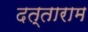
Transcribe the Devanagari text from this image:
दत्‍ताराम